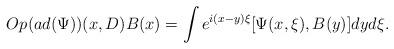
LaTeX: \begin{align*}Op (ad(\Psi))(x,D) B(x) = \int e^{i(x-y)\xi} [\Psi(x,\xi),B(y)] dy d\xi.\end{align*}